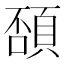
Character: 䫊